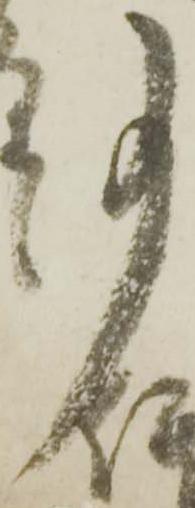
事